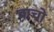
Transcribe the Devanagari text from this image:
बाचो